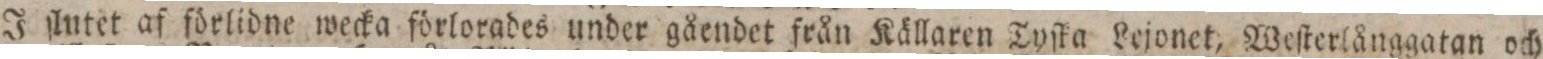
J ſlutet af förlidne wecka förlorades under gåendet från Källaren Tyſka Lejonet, Weſterlånggatan och